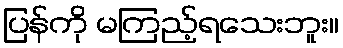
ပြန်ကို မကြည့်ရသေးဘူး။